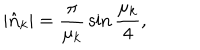
LaTeX: | \hat { \bf n } _ { k } | = { \frac { \pi } { \mu _ { k } } } \sin { \frac { \mu _ { k } } { 4 } } ,